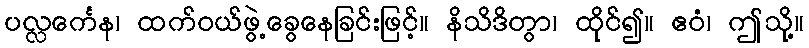
ပလ္လင်္ကေန၊ ထက်ဝယ်ဖွဲ့ခွေနေခြင်းဖြင့်။ နိသိဒိတွာ၊ ထိုင်၍။ ဧဝံ၊ ဤသို့။